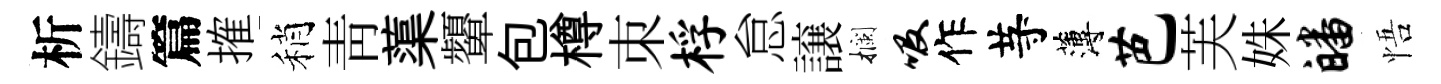
析鑄篇搉稍青蕖顰包樽朿桴怠譲攔吸作䒭薄芭芙姝皤悟